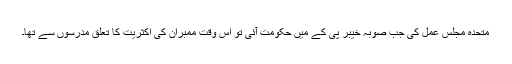
متحدہ مجلس عمل کی جب صوبہ خیبر پی کے میں حکومت آئی تو اس وقت ممبران کی اکثریت کا تعلق مدرسوں سے تھا۔